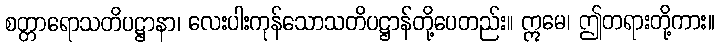
စတ္တာရောသတိပဋ္ဌာနာ၊ လေးပါးကုန်သောသတိပဋ္ဌာန်တို့ပေတည်း။ ဣမေ၊ ဤတရားတို့ကား။